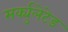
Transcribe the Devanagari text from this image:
सर्क्युलेटेड